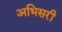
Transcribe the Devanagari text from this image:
अभिसरी